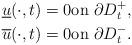
LaTeX: \begin{align*}\underline{u}(\cdot ,t)=0 \mbox{on $\partial D^+_t$}, \\\overline{u}(\cdot ,t)=0 \mbox{on $\partial D^-_t$}. \end{align*}